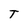
Character: T